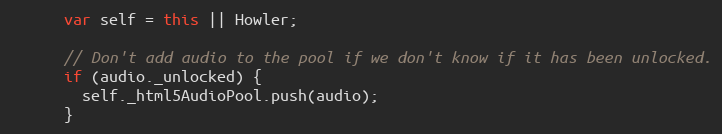
Language: JavaScript
      var self = this || Howler;

      // Don't add audio to the pool if we don't know if it has been unlocked.
      if (audio._unlocked) {
        self._html5AudioPool.push(audio);
      }